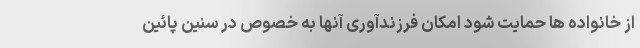
از خانواده ها حمایت شود امکان فرزندآوری آنها به خصوص در سنین پائین